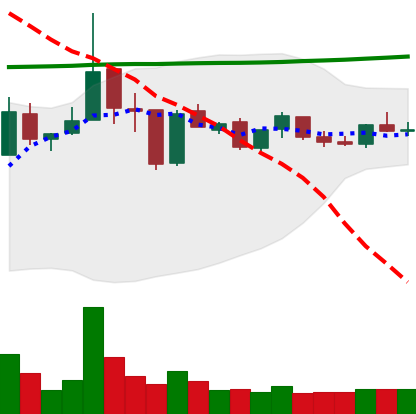
Ticker: XRP-USD
Chart end date: 2019-01-08
Forward return: -12.989%
Label: down_7plus